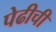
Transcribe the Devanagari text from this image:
पेढीची